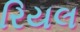
રિયલ